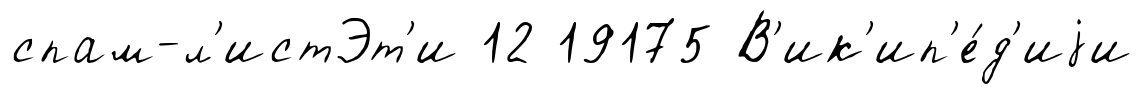
спам-л'истЭт'и 12 19175 В'ик'ип'е́д'иjи